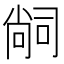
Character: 𭉢